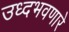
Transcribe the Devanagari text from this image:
उध्दभवणारे